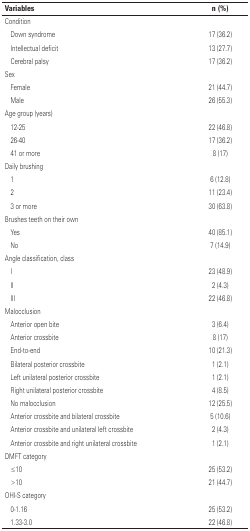
| Variables | n (%) |
 | --- | --- |
 | Condition |  |
 | Down syndrome | 17 (36.2) |
 | Intellectual deficit | 13 (27.7) |
 | Cerebral palsy | 17 (36.2) |
 | Sex |  |
 | Female | 21 (44.7) |
 | Male | 26 (55.3) |
 | Age group (years) |  |
 | 12-25 | 22 (46.8) |
 | 26-40 | 17 (36.2) |
 | 41 or more | 8 (17) |
 | Daily brushing |  |
 | 1 | 6 (12.8) |
 | 2 | 11 (23.4) |
 | 3 or more | 30 (63.8) |
 | Brushes teeth on their own |  |
 | Yes | 40 (85.1) |
 | No | 7 (14.9) |
 | Angle classification, class |  |
 | I | 23 (48.9) |
 | II | 2 (4.3) |
 | III | 22 (46.8) |
 | Malocclusion |  |
 | Anterior open bite | 3 (6.4) |
 | Anterior crossbite | 8 (17) |
 | End-to-end | 10 (21.3) |
 | Bilateral posterior crossbite | 1 (2.1) |
 | Left unilateral posterior crossbite | 1 (2.1) |
 | Right unilateral posterior crossbite | 4 (8.5) |
 | No malocclusion | 12 (25.5) |
 | Anterior crossbite and bilateral crossbite | 5 (10.6) |
 | Anterior crossbite and unilateral left crossbite | 2 (4.3) |
 | Anterior crossbite and right unilateral crossbite | 1 (2.1) |
 | DMFT category |  |
 | ≤10 | 25 (53.2) |
 | >10 | 21 (44.7) |
 | OHI-S category |  |
 | 0-1.16 | 25 (53.2) |
 | 1.33-3.0 | 22 (46.8) |